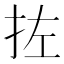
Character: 𪭥